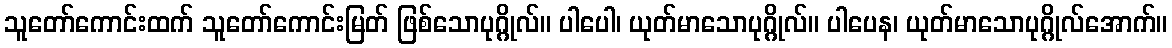
သူတော်ကောင်းထက် သူတော်ကောင်းမြတ် ဖြစ်သောပုဂ္ဂိုလ်။ ပါပေါ၊ ယုတ်မာသောပုဂ္ဂိုလ်။ ပါပေန၊ ယုတ်မာသောပုဂ္ဂိုလ်အောက်။